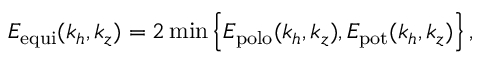
E _ { \mathrm { e q u i } } ( k _ { h } , k _ { z } ) = 2 \operatorname* { m i n } \left\{ E _ { \mathrm { p o l o } } ( k _ { h } , k _ { z } ) , E _ { \mathrm { p o t } } ( k _ { h } , k _ { z } ) \right\} ,